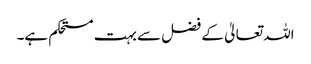
اللہ تعالیٰ کے فضل سے بہت مستحکم ہے۔